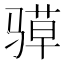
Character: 𮪤